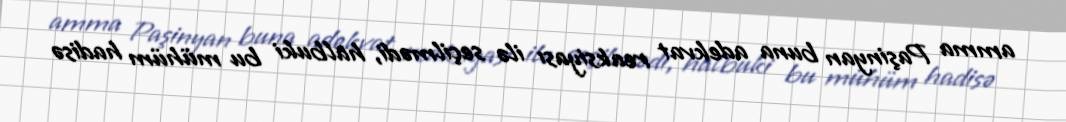
amma Paşinyan buna adekvat reaksiyası ilə seçilmədi, halbuki bu mühüm hadisə